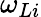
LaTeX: \omega_{Li}